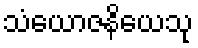
သံယောဇနိယေသု